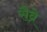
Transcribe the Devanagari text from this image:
सैव्रे